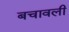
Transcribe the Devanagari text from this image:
बचावली